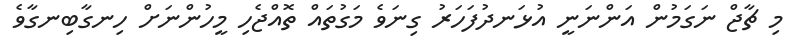
މި ޗާޖް ނަގަމުން އަންނަނީ އުޅަނދުފަހަރު ގިނަވެ މަގުތައް ތޮއްޖެހި މީހުންނަށް ހިނގާބިނގާވެ